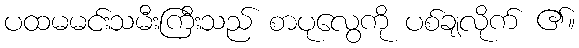
ပထမမင်းသမီးကြီးသည် စာပုလွေကို ပစ်ချလိုက် ၏။